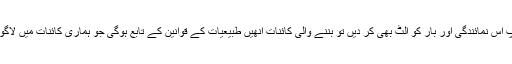
اگر آپ اس نمائندگی اور بار کو الٹ بھی کر دیں تو بننے والی کائنات انھیں طبیعیات کے قوانین کے تابع ہوگی جو ہماری کائنات میں لاگو ہیں ۔